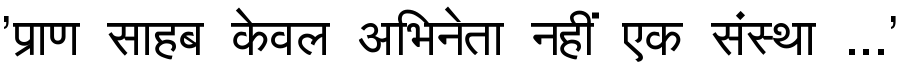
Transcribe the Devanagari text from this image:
'प्राण साहब केवल अभिनेता नहीं एक संस्था ...'